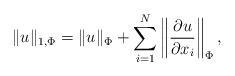
LaTeX: \begin{align*}\displaystyle \|u\|_{1,\Phi}=\|u\|_\Phi+\sum_{i=1}^N\left\|\frac{\partial u}{\partial x_i}\right\|_\Phi,\end{align*}